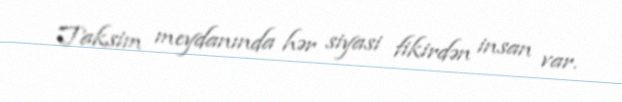
Taksim meydanında hər siyasi fikirdən insan var.